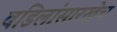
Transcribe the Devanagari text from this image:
वडिलांसारखेच